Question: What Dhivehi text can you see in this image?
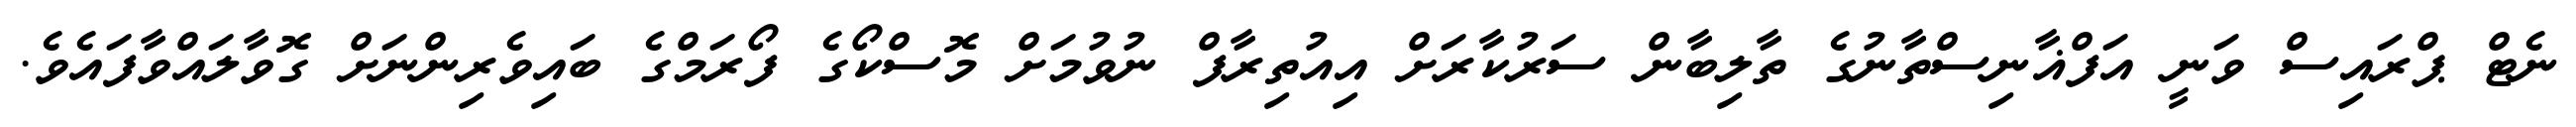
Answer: ނެޓް ޕްރައިސް ވަނީ އަފްޣާނިސްތާނުގެ ތާލިބާން ސަރުކާރަށް އިއުތިރާފް ނުވުމަށް މޮސްކޯގެ ފޯރަމްގެ ބައިވެރިންނަށް ގޮވާލައްވާފައެވެ.